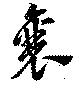
襄